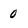
Character: 0